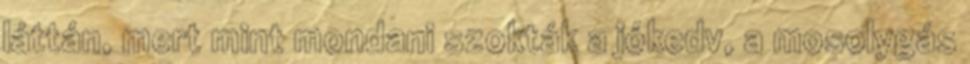
láttán, mert mint mondani szokták a jókedv, a mosolygás